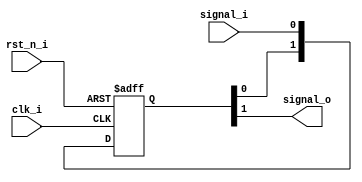
`timescale 1ns / 1ps
//////////////////////////////////////////////////////////////////////////////////
// Company: 
// Engineer: 
// 
// Design Name: 
// Module Name: ccd_s2f
// Project Name: 
// Target Devices: 
// Tool Versions: 
// Description: 
// 
// Dependencies: 
// 
// Revision:
// Revision 0.01 - File Created
// Additional Comments:
// 
//////////////////////////////////////////////////////////////////////////////////


module ccd_s2f(
    input clk_i,
    input rst_n_i,
    input signal_i,
    output signal_o
    );

    reg [1:0] signal_r;

    always @(posedge clk_i or negedge rst_n_i) begin
        if(!rst_n_i) begin
            signal_r <= 2'b0;
        end
        else begin
            signal_r <= {signal_r[0],signal_i};
        end

    end

    assign signal_o = signal_r[1];

endmodule